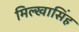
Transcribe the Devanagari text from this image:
मिल्खासिंह